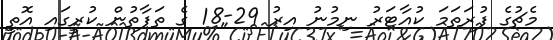
މެޗުގެ ފުރަތަމަ ކުއާޓަރު ނިމުނު އިރު 29-18 ގެ ތަފާތުން ކުރީގައި އޮތީ